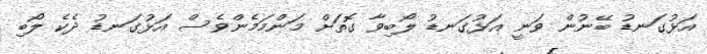
އަޅުގަނޑު ބޭނުން ވަނީ އަޅުގަނޑު ލޯބިވާ ގޮތަށް މަންމަމެންވެސް އަޅުގަނޑު ދެކެ ލޯބި